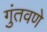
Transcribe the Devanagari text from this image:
गुंतवणे